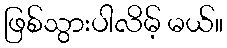
ဖြစ်သွားပါလိမ့် မယ်။